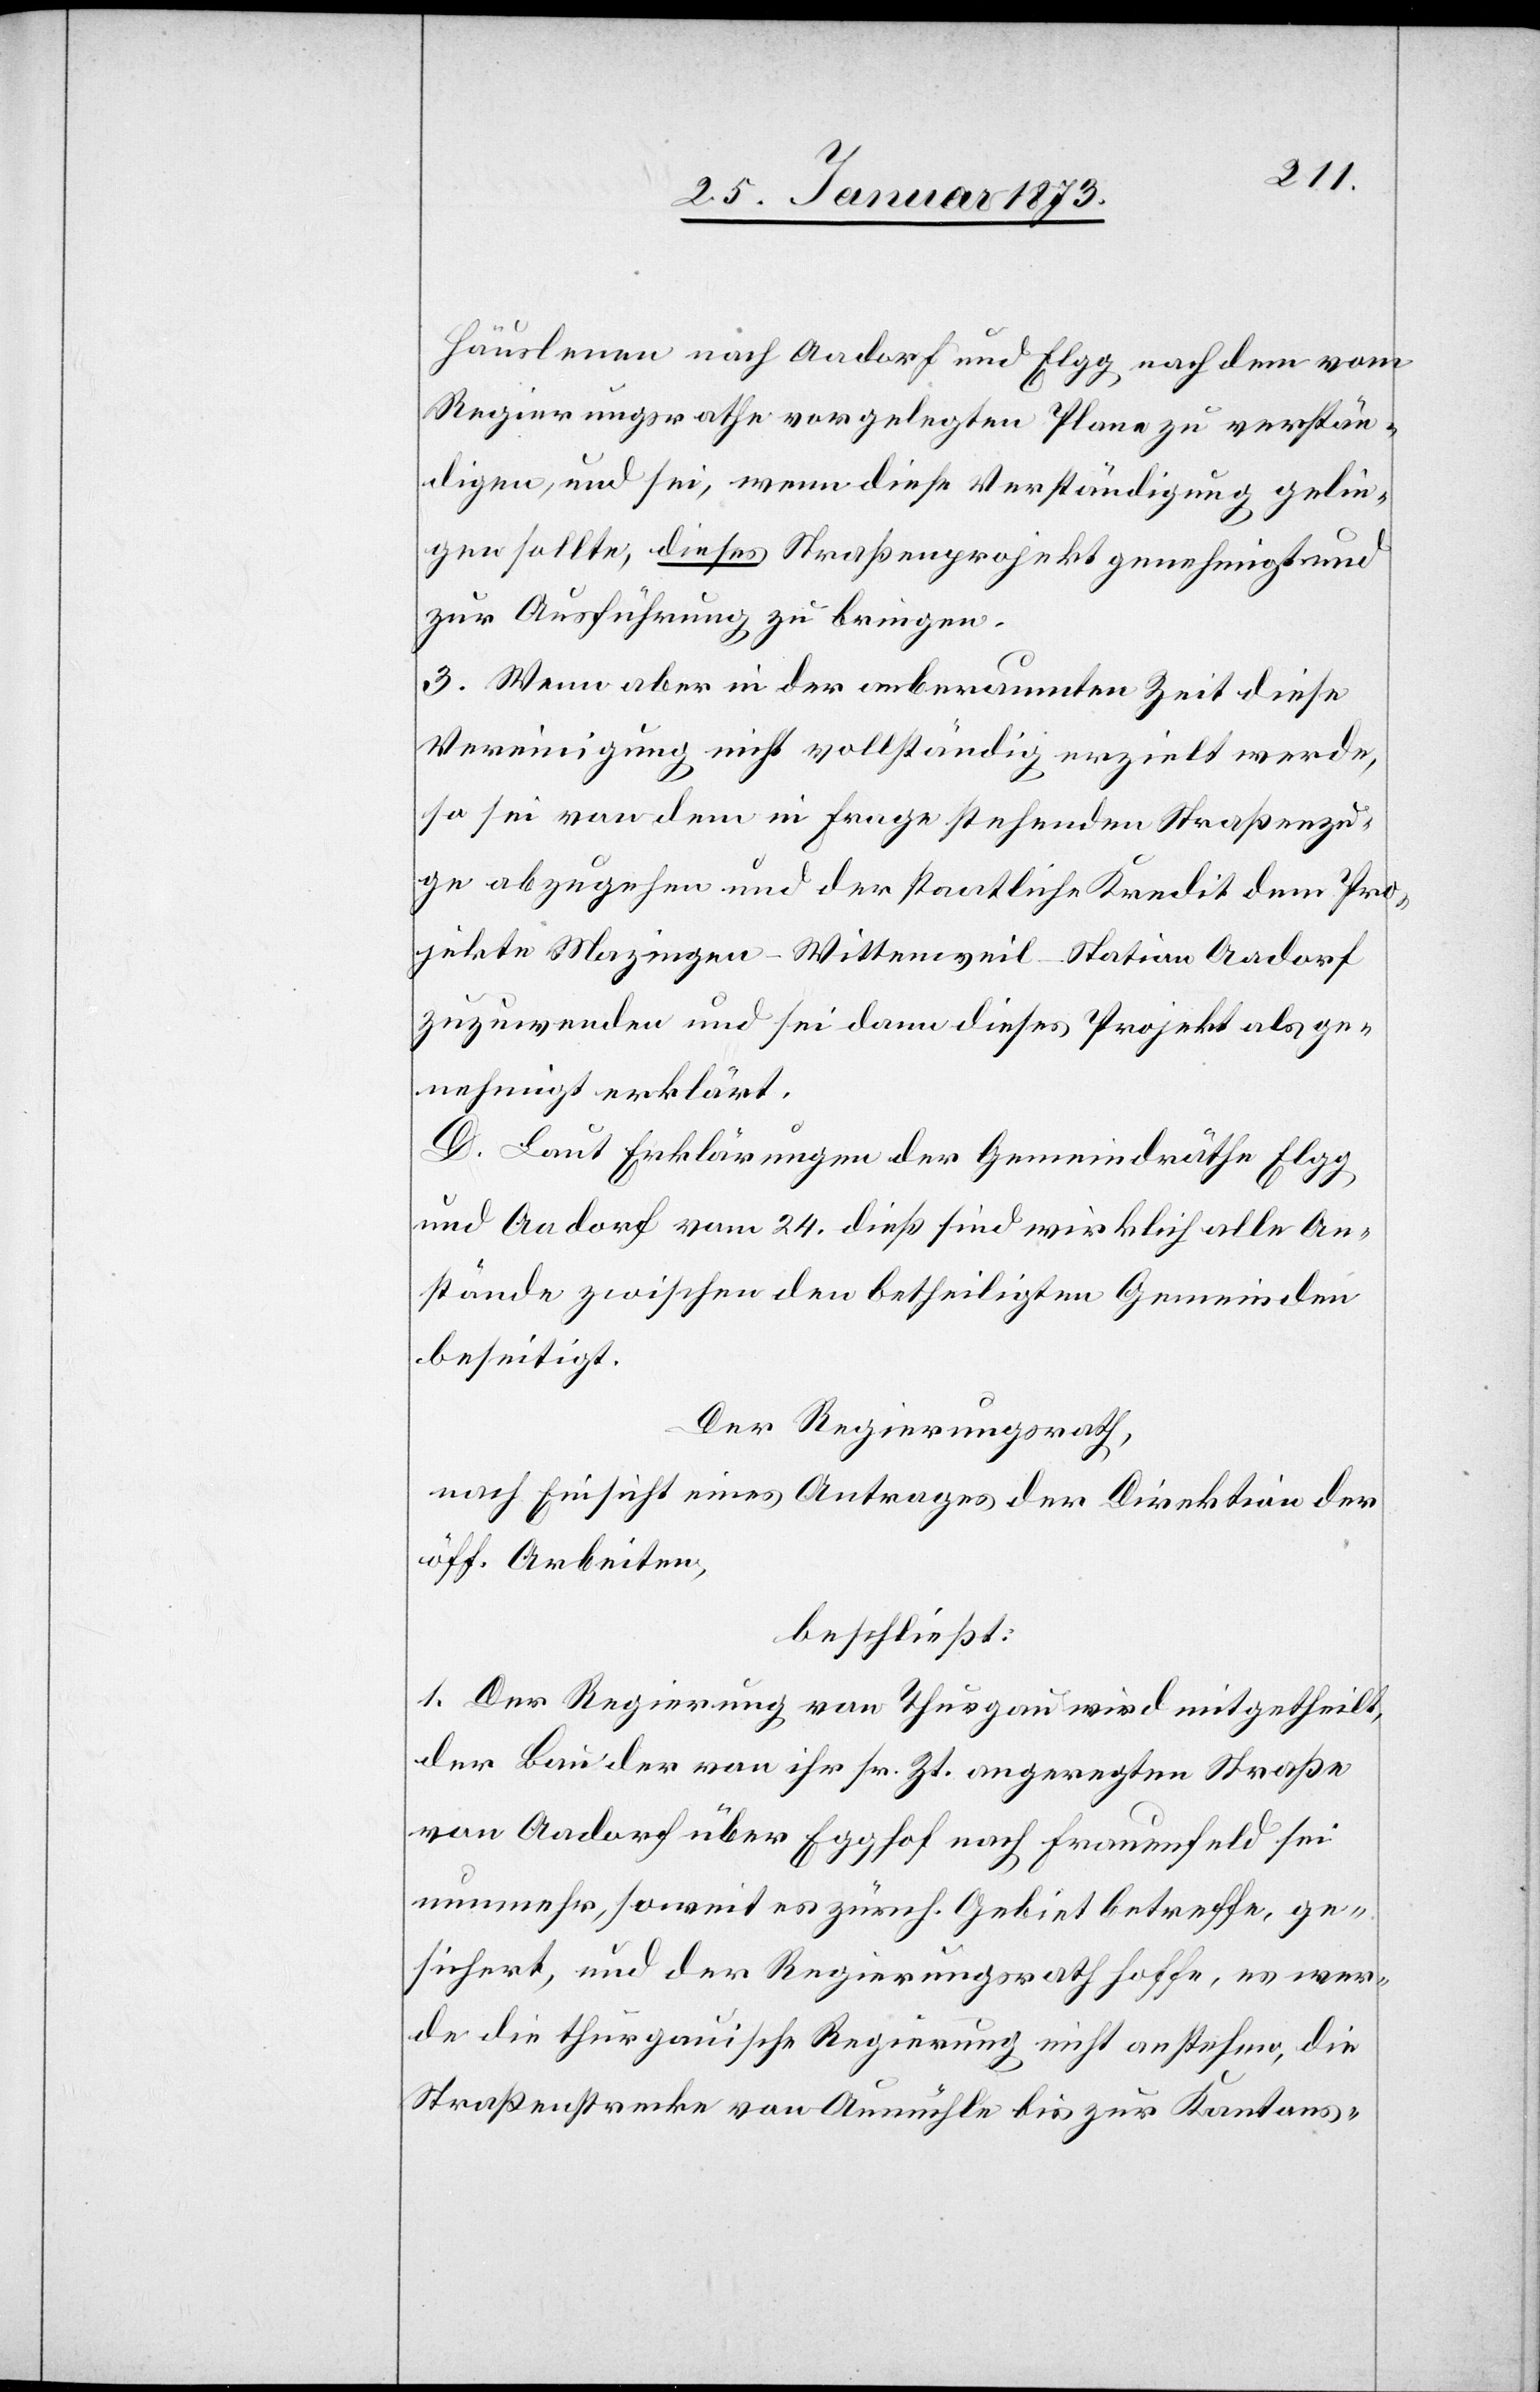
Häuslenen nach Aadorf und Elgg, nach dem vom
Regierungsrathe vorgelegten Plane zu verstän¬
digen, und sei, wenn diese Verständigung gelin¬
gen sollte, dieses Straßenprojekt genehmigt und
zur Ausführung zu bringen.
3. Wenn aber in der anberaumten Zeit diese
Vereinigung nicht vollständig erzielt werde,
so sei von dem in Frage stehenden Straßenzu¬
ge abzugehen und der staatliche Kredit dem Pro¬
jekte Mazingen–Wittenweil–Station Aadorf
zuzuwenden und sei dann dieses Projekt als ge¬
nehmigt erklärt.
D. Laut Erklärungen der Gemeindräthe Elgg
und Aadorf vom 24. dieß sind wirklich alle An¬
stände zwischen den betheiligten Gemeinden
beseitigt.
Der Regierungsrath,
nach Einsicht eines Antrages der Direktion der
beschließt:
1. Der Regierung von Thurgau wird mitgetheilt,
der Bau der von ihr sr. Zt. angeregten Straße
von Aadorf über Egghof nach Frauenfeld sei
nunmehr, soweit es zürch. Gebiet betreffe, ge¬
sichert, und der Regierungsrath hoffe, es wer¬
de die thurgauische Regierung nicht anstehen, die
Straßenstrecke von Aumühle bis zur Kantons-